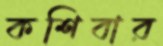
কশিবার